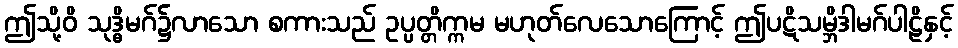
ဤသို့ဝိ သုဒ္ဓိမဂ်၌လာသော စကားသည် ဥပ္ပတ္တိက္ကမ မဟုတ်လေသောကြောင့် ဤပဋိသမ္ဘိဒါမဂ်ပါဠိနှင့်